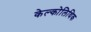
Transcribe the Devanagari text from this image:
केल्कोलिथिक